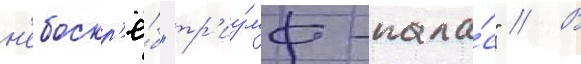
н'ебоскр'ё́б "тр'иу́мф-пала́с" // В